Causation and prevention of malarial fevers: a statement of the results of researches drawn up for the use of assistant surgeons, hospital assistants and students
Disease focus: Malaria
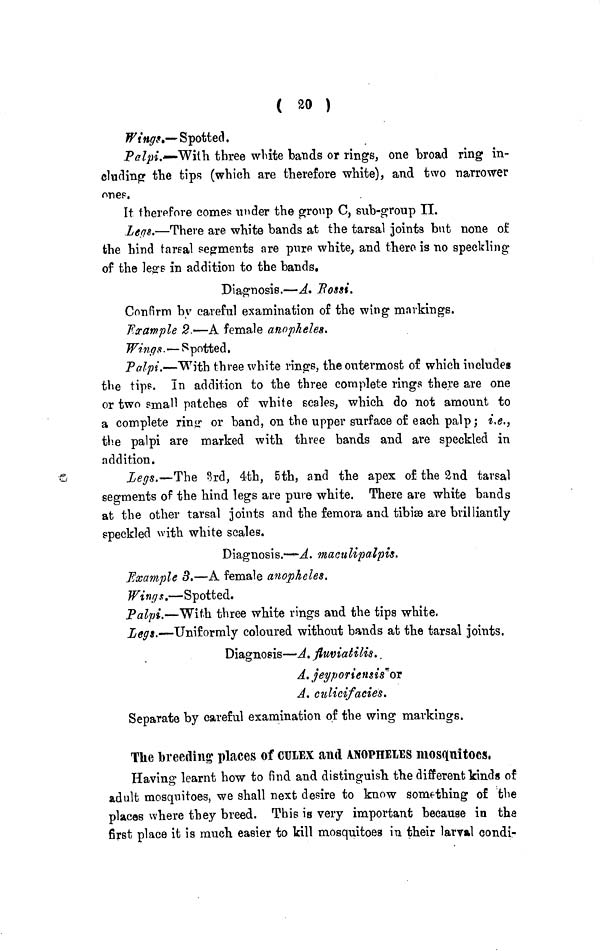
( 20 )
Wings,— Spotted.
Palpi,—With three white bands or rings, one broad ring in-
cluding the tips (which are therefore white), and two narrower
ones.
It therefore comes under the group C, sub-group II.
Leys.—There are white bands at the tarsal joints but none of
the hind tarsal segments are pure white, and there is no speckling
of the leers in addition to the bands.
Diagnosis.—A. Rossi.
Confirm by careful examination of the wing markings.
Example 2.—A female anopheles.
Wings. — Spotted,
Palpi.—With three white rings, the outermost of which includes
the tips. In addition to the three complete rings there are one
or two small patches of white scales, which do not amount to
a complete ring or band, on the upper surface of each palp; i.e.,
the palpi are marked with three bands and are speckled in
addition.
Legs.—The 3rd, 4th, 5th, and the apex of the 2nd tarsal
segments of the hind legs are pure white. There are white bands
at the other tarsal joints and the femora and tibiæ are brilliantly
speckled with white scales.
Diagnosis.—-A. maculipalpis.
Example 3.—A female anopheles.
Wings.—Spotted.
Palpi.—With three white rings and the tips white.
Legs.—Uniformly coloured without bands at the tarsal joints.
Diagnosis—A. fluviatilis.,
A. jeyporiensis or
A. culicifacies.
Separate by careful examination of the wing markings.
The breeding places of CULEX and ANOPHELES mosquitoes,
Having learnt how to find and distinguish the different kinds of
adult mosquitoes, we shall next desire to know something of the
places where they breed. This is very important because in the
first place it is much easier to kill mosquitoes in their larval condi-